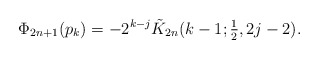
\begin{align*}\Phi_{2n + 1} ( p_{k}) = - 2^{k-j}\tilde K_{2n}(k-1;\textstyle{\frac12},2j-2).\end{align*}